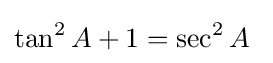
\tan ^{2}A+1=\sec ^{2}A\